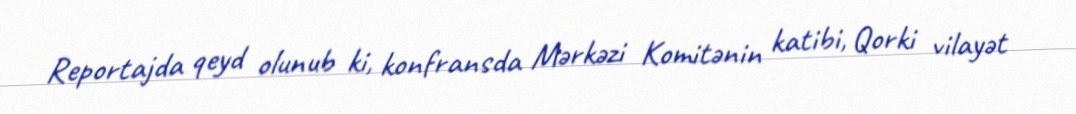
Reportajda qeyd olunub ki, konfransda Mərkəzi Komitənin katibi, Qorki vilayət